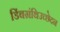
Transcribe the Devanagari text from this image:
डिंबग्रंथिउच्छेदन